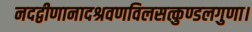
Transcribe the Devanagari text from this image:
नदद्वीणानादश्रवणविलसत्कुण्डलगुणा।